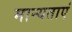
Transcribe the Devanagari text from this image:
मान्‍यताएं